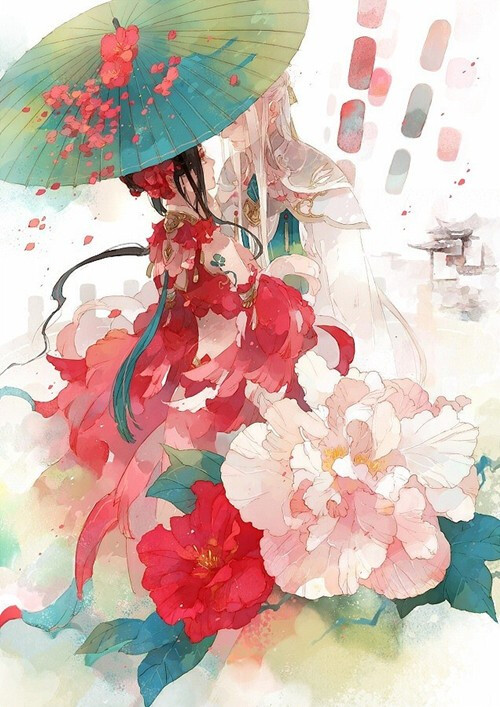
日暮东风怨啼鸟，落花犹似堕楼人。